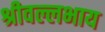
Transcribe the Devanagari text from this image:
श्रीवल्लभाय